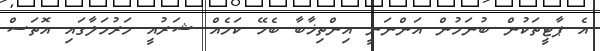
އެ ޕާޓީތަކުން ބުނަމުން އަންނަނީ އިންތިޚާބާ ބެހޭ ކަމެއް ޝަރުއީ މަރުހަލާގައި އޮތަސް